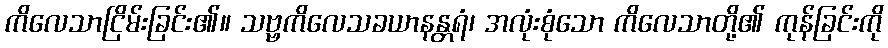
ကိလေသာငြိမ်းခြင်း၏။ သဗ္ဗကိလေသခယာနန္တရံ၊ အလုံးစုံသော ကိလေသာတို့၏ ကုန်ခြင်းကို